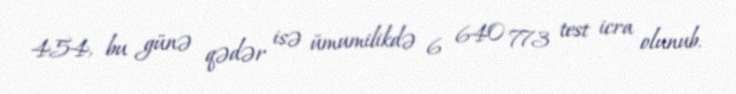
454, bu günə qədər isə ümumilikdə 6 640 773 test icra olunub.